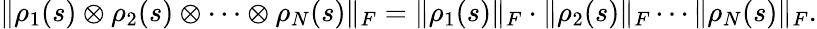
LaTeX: \begin{array}{r}{\| \rho_{1}(s)\otimes\rho_{2}(s)\otimes\cdots\otimes\rho_{N}(s)\| _{F}=\| \rho_{1}(s)\| _{F}\cdot\| \rho_{2}(s)\| _{F}\cdots\| \rho_{N}(s)\| _{F}.}\end{array}